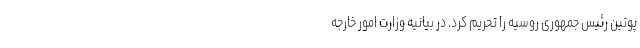
پوتین رئیس جمهوری روسیه را تحریم کرد. در بیانیه وزارت امور خارجه